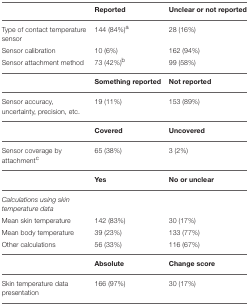
<table><thead><tr><td></td><td><b>Reported</b></td><td><b>Unclear or not reported</b></td></tr></thead><tbody><tr><td>Type of contact temperature sensor</td><td>144 (84%)<sup>a</sup></td><td>28 (16%)</td></tr><tr><td>Sensor calibration</td><td>10 (6%)</td><td>162 (94%)</td></tr><tr><td>Sensor attachment method</td><td>73 (42%)<sup>b</sup></td><td>99 (58%)</td></tr><tr><td></td><td><b>Something reported</b></td><td><b>Not reported</b></td></tr><tr><td>Sensor accuracy, uncertainty, precision, etc.</td><td>19 (11%)</td><td>153 (89%)</td></tr><tr><td></td><td><b>Covered</b></td><td><b>Uncovered</b></td></tr><tr><td>Sensor coverage by attachment<sup>c</sup></td><td>65 (38%)</td><td>3 (2%)</td></tr><tr><td></td><td><b>Yes</b></td><td><b>No or unclear</b></td></tr><tr><td><i>Calculations using skin temperature data</i></td><td></td><td></td></tr><tr><td>Mean skin temperature</td><td>142 (83%)</td><td>30 (17%)</td></tr><tr><td>Mean body temperature</td><td>39 (23%)</td><td>133 (77%)</td></tr><tr><td>Other calculations</td><td>56 (33%)</td><td>116 (67%)</td></tr><tr><td></td><td><b>Absolute</b></td><td><b>Change score</b></td></tr><tr><td>Skin temperature data presentation</td><td>166 (97%)</td><td>30 (17%)</td></tr></tbody></table>